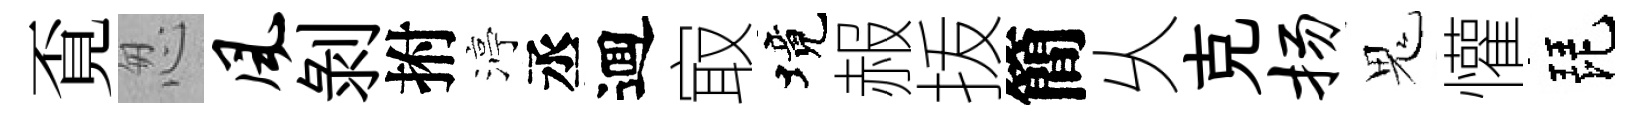
覔怱风剝拊渟丞逥㝡境赧㧞簡乆克扬鬼懽琵